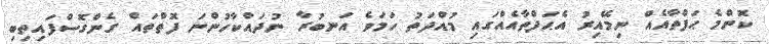
ކޮންމެ ޙަފްތާއެއް ނިމޭއިރު އެޙަފްތާއެއްގައި މުއްދަތު ހަމަވެ އަނބުރާ ނުދައްކާހުންނަ ފޮތްތައް ގެންގޮސްފައިތިބި